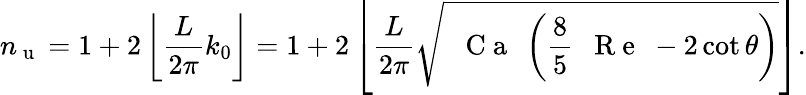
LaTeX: n_{\mathrm{~u~}}=1+2\left\lfloor\frac{L}{2\pi}k_{0}\right\rfloor=1+2\left\lfloor\frac{L}{2\pi}\sqrt{\mathrm{~\textit~{~C~a~}~}\left(\frac{8}{5}\mathrm{~\textit~{~R~e~}~}-2\cot\theta\right)}\right\rfloor.